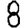
Digit: 8